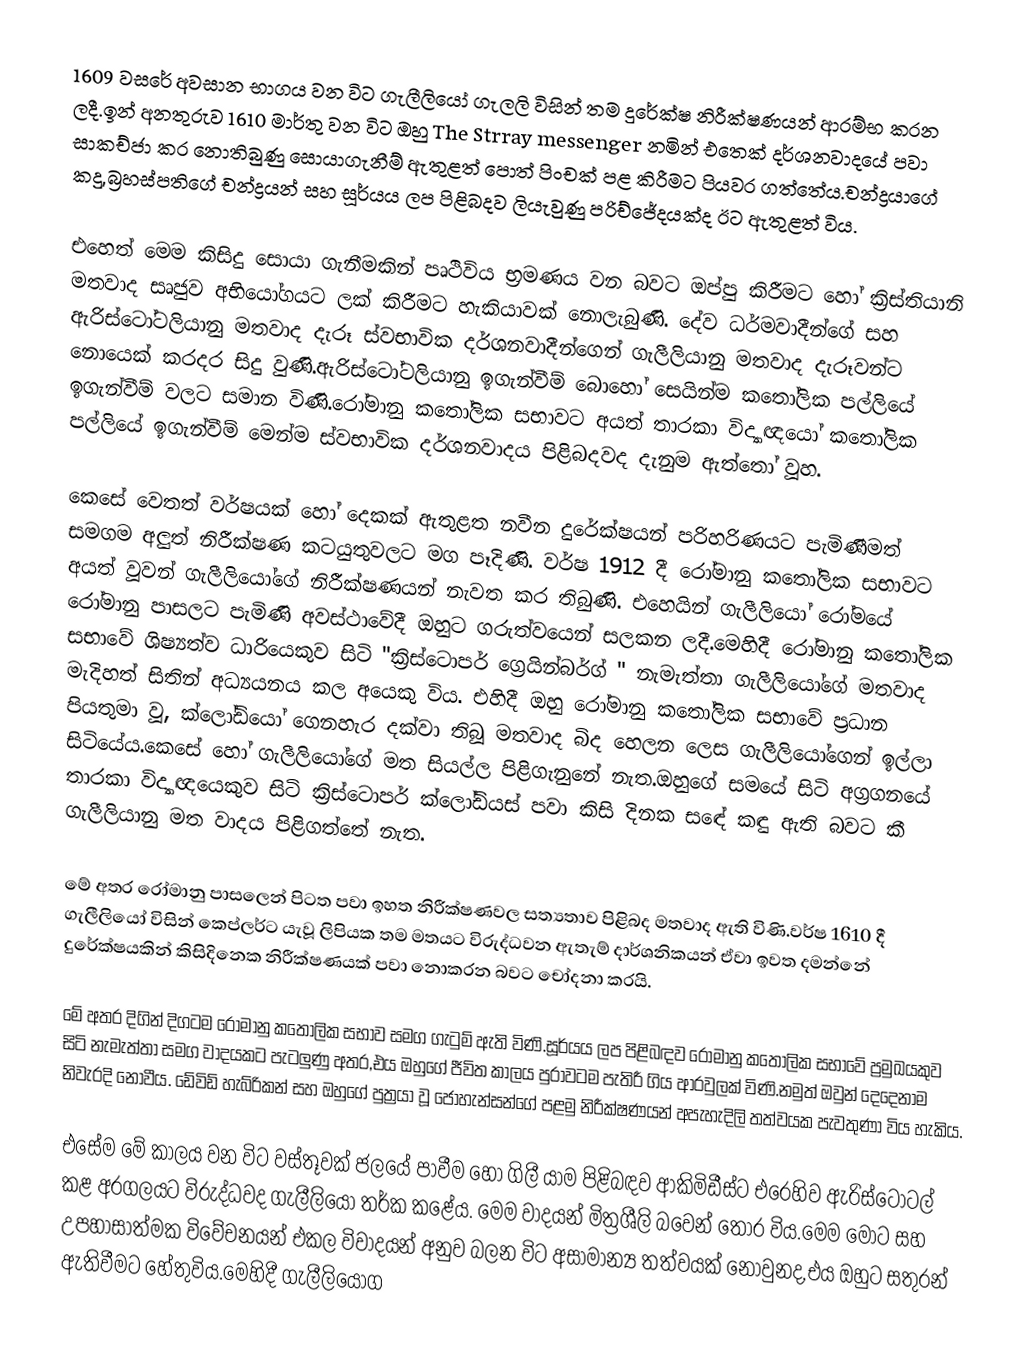
1609 වසරේ අවසාන භාගය වන විට ගැලීලියෝ ගැලලි විසින් තම දුරේක්ෂ නිරීක්ෂණයන් ආරම්භ කරන ලදී.ඉන් අනතුරුව 1610 මාර්තු වන විට ඔහු The Strray messenger නමින් එතෙක් දර්ශනවාදයේ පවා සාකච්ජා කර නොතිබුණු සොයාගැනීම් ඇතුළත් පොත් පිංචක් පළ කිරීමට පියවර ගත්තේය.චන්ද්‍රයාගේ කදු,බ්‍රහස්පතිගේ චන්ද්‍රයන් සහ සූර්යය ලප පිළිබදව ලියැවුණු පරිච්ජේදයක්ද ඊට ඇතුළත් විය.

එහෙත් මෙම කිසිදු සොයා ගැනීමකින් පෘථිවිය භ්‍රමණය වන බවට ඔප්පු කිරීමට හෝ ක්‍රිස්තියානි මතවාද සෘජුව අභියෝගයට ලක් කිරීමට හැකියාවක් නොලැබුණි. දේව ධර්මවාදීන්ගේ සහ ඇරිස්ටෝටලියානු මතවාද දැරූ ස්වභාවික දර්ශනවාදීන්ගෙන් ගැලීලියානු මතවාද දැරූවන්ට නොයෙක් කරදර සිදු වුණි.ඇරිස්ටෝටලියානු ඉගැන්වීම් බොහෝ සෙයින්ම කතෝලික පල්ලියේ ඉගැන්වීම් වලට සමාන විණි.රෝමානු කතෝලික සභාවට අයත් තාරකා විද්‍යාඥයෝ කතෝලික පල්ලියේ ඉගැන්වීම් මෙන්ම ස්වභාවික දර්ශනවාදය පිළිබදවද දැනුම ඇත්තෝ වූහ.

කෙසේ වෙතත් වර්ෂයක් හෝ දෙකක් ඇතුළත නවීන දුරේක්ෂයන් පරිහරිණයට පැමිණීමත් සමගම අලුත් නිරීක්ෂණ කටයුතුවලට මග පෑදිණි. වර්ෂ 1912 දී රෝමානු කතෝලික සභාවට අයත් වූවන් ගැලීලියෝගේ නිරීක්ෂණයන් නැවත කර තිබුණි. එහෙයින් ගැලීලියෝ රෝමයේ රෝමානු පාසලට පැමිණි අවස්ථාවේදී ඔහුට ගරුත්වයෙන් සලකන ලදී.මෙහිදී රෝමානු කතෝලික සභාවේ ශිෂ්‍යත්ව ධාරියෙකුව සිටි "ක්‍රිස්ටොපර් ග්‍රෙයින්බර්ග් " නැමැත්තා ගැලීලියෝගේ මතවාද මැදිහත් සිතින් අධ්‍යයනය කල අයෙකු විය. එහිදී ඔහු රෝමානු කතෝලික සභාවේ ප්‍රධාන පියතුමා වූ, ක්ලෝඩියෝ ගෙනහැර දක්වා තිබූ මතවාද බිද හෙලන ලෙස ගැලීලියෝගෙන් ඉල්ලා සිටියේය.කෙසේ හෝ ගැලීලියෝගේ මත සියල්ල පිළිගැනුනේ නැත.ඔහුගේ සමයේ සිටි අග්‍රගනයේ තාරකා විද්‍යාඥයෙකුව සිටි ක්‍රිස්ටොපර් ක්ලෝඩියස් පවා කිසි දිනක සඳේ කඳු ඇති බවට කී ගැලීලියානු මත වාදය පිළිගත්තේ නැත.

මේ අතර රෝමානු පාසලෙන් පිටත පවා ඉහත නිරීක්ෂණවල සත්‍යතාව පිළිබද මතවාද ඇති විණි.වර්ෂ 1610 දී ගැලීලියෝ විසින් කෙප්ලර්ට යැවූ ලිපියක තම මතයට විරුද්ධවන ඇතැම් දාර්ශනිකයන් ඒවා ඉවත දමන්නේ දුරේක්ෂයකින් කිසිදිනෙක නිරීක්ෂණයක් පවා නොකරන බවට චෝදනා කරයි.

මේ අතර දිගින් දිගටම රෝමානු කතෝලික සභාව සමග ගැටුම් ඇති විණි.සූර්යය ලප පිළිබඳව රෝමානු කතෝලික සභාවේ ප්‍රමුඛයකුව සිටි නැමැත්තා සමග වාදයකට පැටලුණු අතර,එය ඔහුගේ ජීවිත කාලය පුරාවටම පැතිරී ගිය ආරවුලක් විණි.නමුත් ඔවුන් දෙදෙනාම නිවැරදි නොවීය. ඩේවිඩ් හැබ්රිකන් සහ ඔහුගේ පුත්‍රයා වූ ජොහැන්සන්ගේ පළමු නිරීක්ෂණයන් අපැහැදිලි තත්වයක පැවතුණා විය හැකිය.

එසේම මේ කාලය වන විට වස්තූවක් ජලයේ පාවීම හෝ ගිලී යාම පිළිබඳව ආකිමිඩීස්ට එරෙහිව ඇරිස්ටෝටල් කළ අරගලයට විරුද්ධවද ගැලීලියෝ තර්ක කළේය. මෙම වාදයන් මිත්‍රශීලි බවෙන් තොර විය.මෙම මොට සහ උපහාසාත්මක විවේචනයන් එකල විවාදයන් අනුව බලන විට අසාමාන්‍ය තත්වයක් නොවුනද,එය ඔහුට සතුරන් ඇතිවීමට හේතුවිය.මෙහිදී ගැලීලියෝග